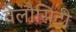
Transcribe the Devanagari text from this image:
वेलौसिटी